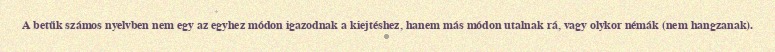
A betűk számos nyelvben nem egy az egyhez módon igazodnak a kiejtéshez, hanem más módon utalnak rá, vagy olykor némák (nem hangzanak).